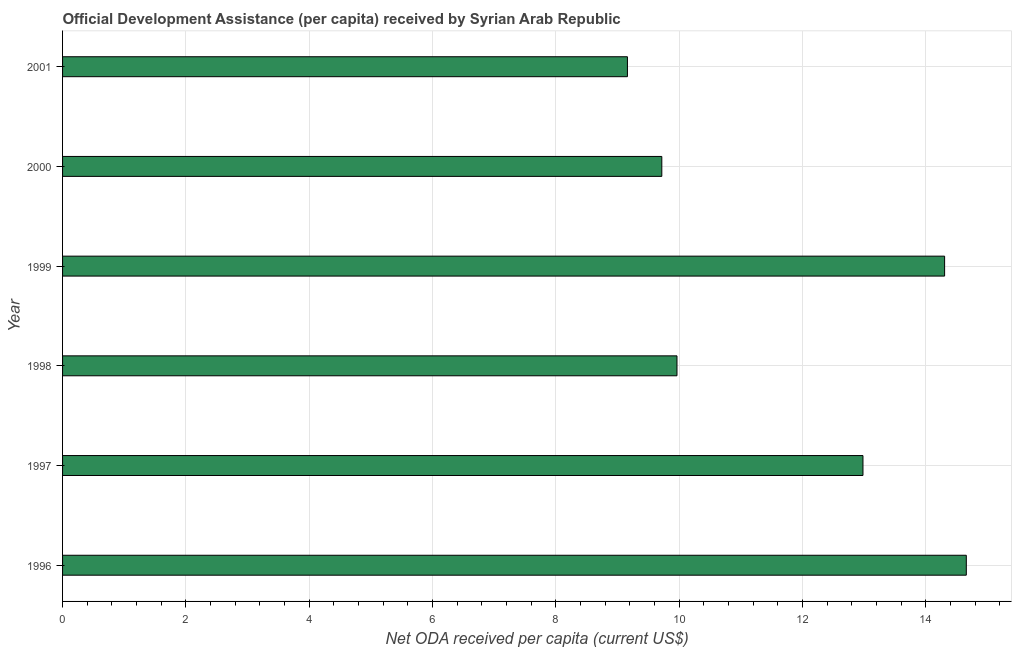
| Year | Net ODA received per capita |
 | --- | --- |
 | 1996 | 14.7 |
 | 1997 | 13 |
 | 1998 | 9.96 |
 | 1999 | 14.3 |
 | 2000 | 9.72 |
 | 2001 | 9.16 |